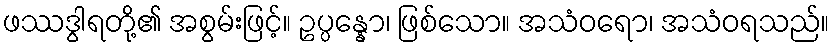
ဖဿဒွါရတို့၏ အစွမ်းဖြင့်။ ဥပ္ပန္နော၊ ဖြစ်သော။ အသံဝရော၊ အသံဝရသည်။